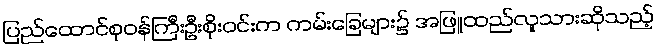
ပြည်ထောင်စုဝန်ကြီးဦးစိုးဝင်းက ကမ်းခြေများ၌ အဖြူထည်လူသားဆိုသည့်